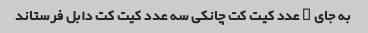
به جای ۸ عدد کیت کت چانکی سه عدد کیت کت دابل فرستاند